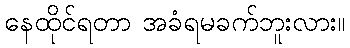
နေထိုင်ရတာ အခံရမခက်ဘူးလား။